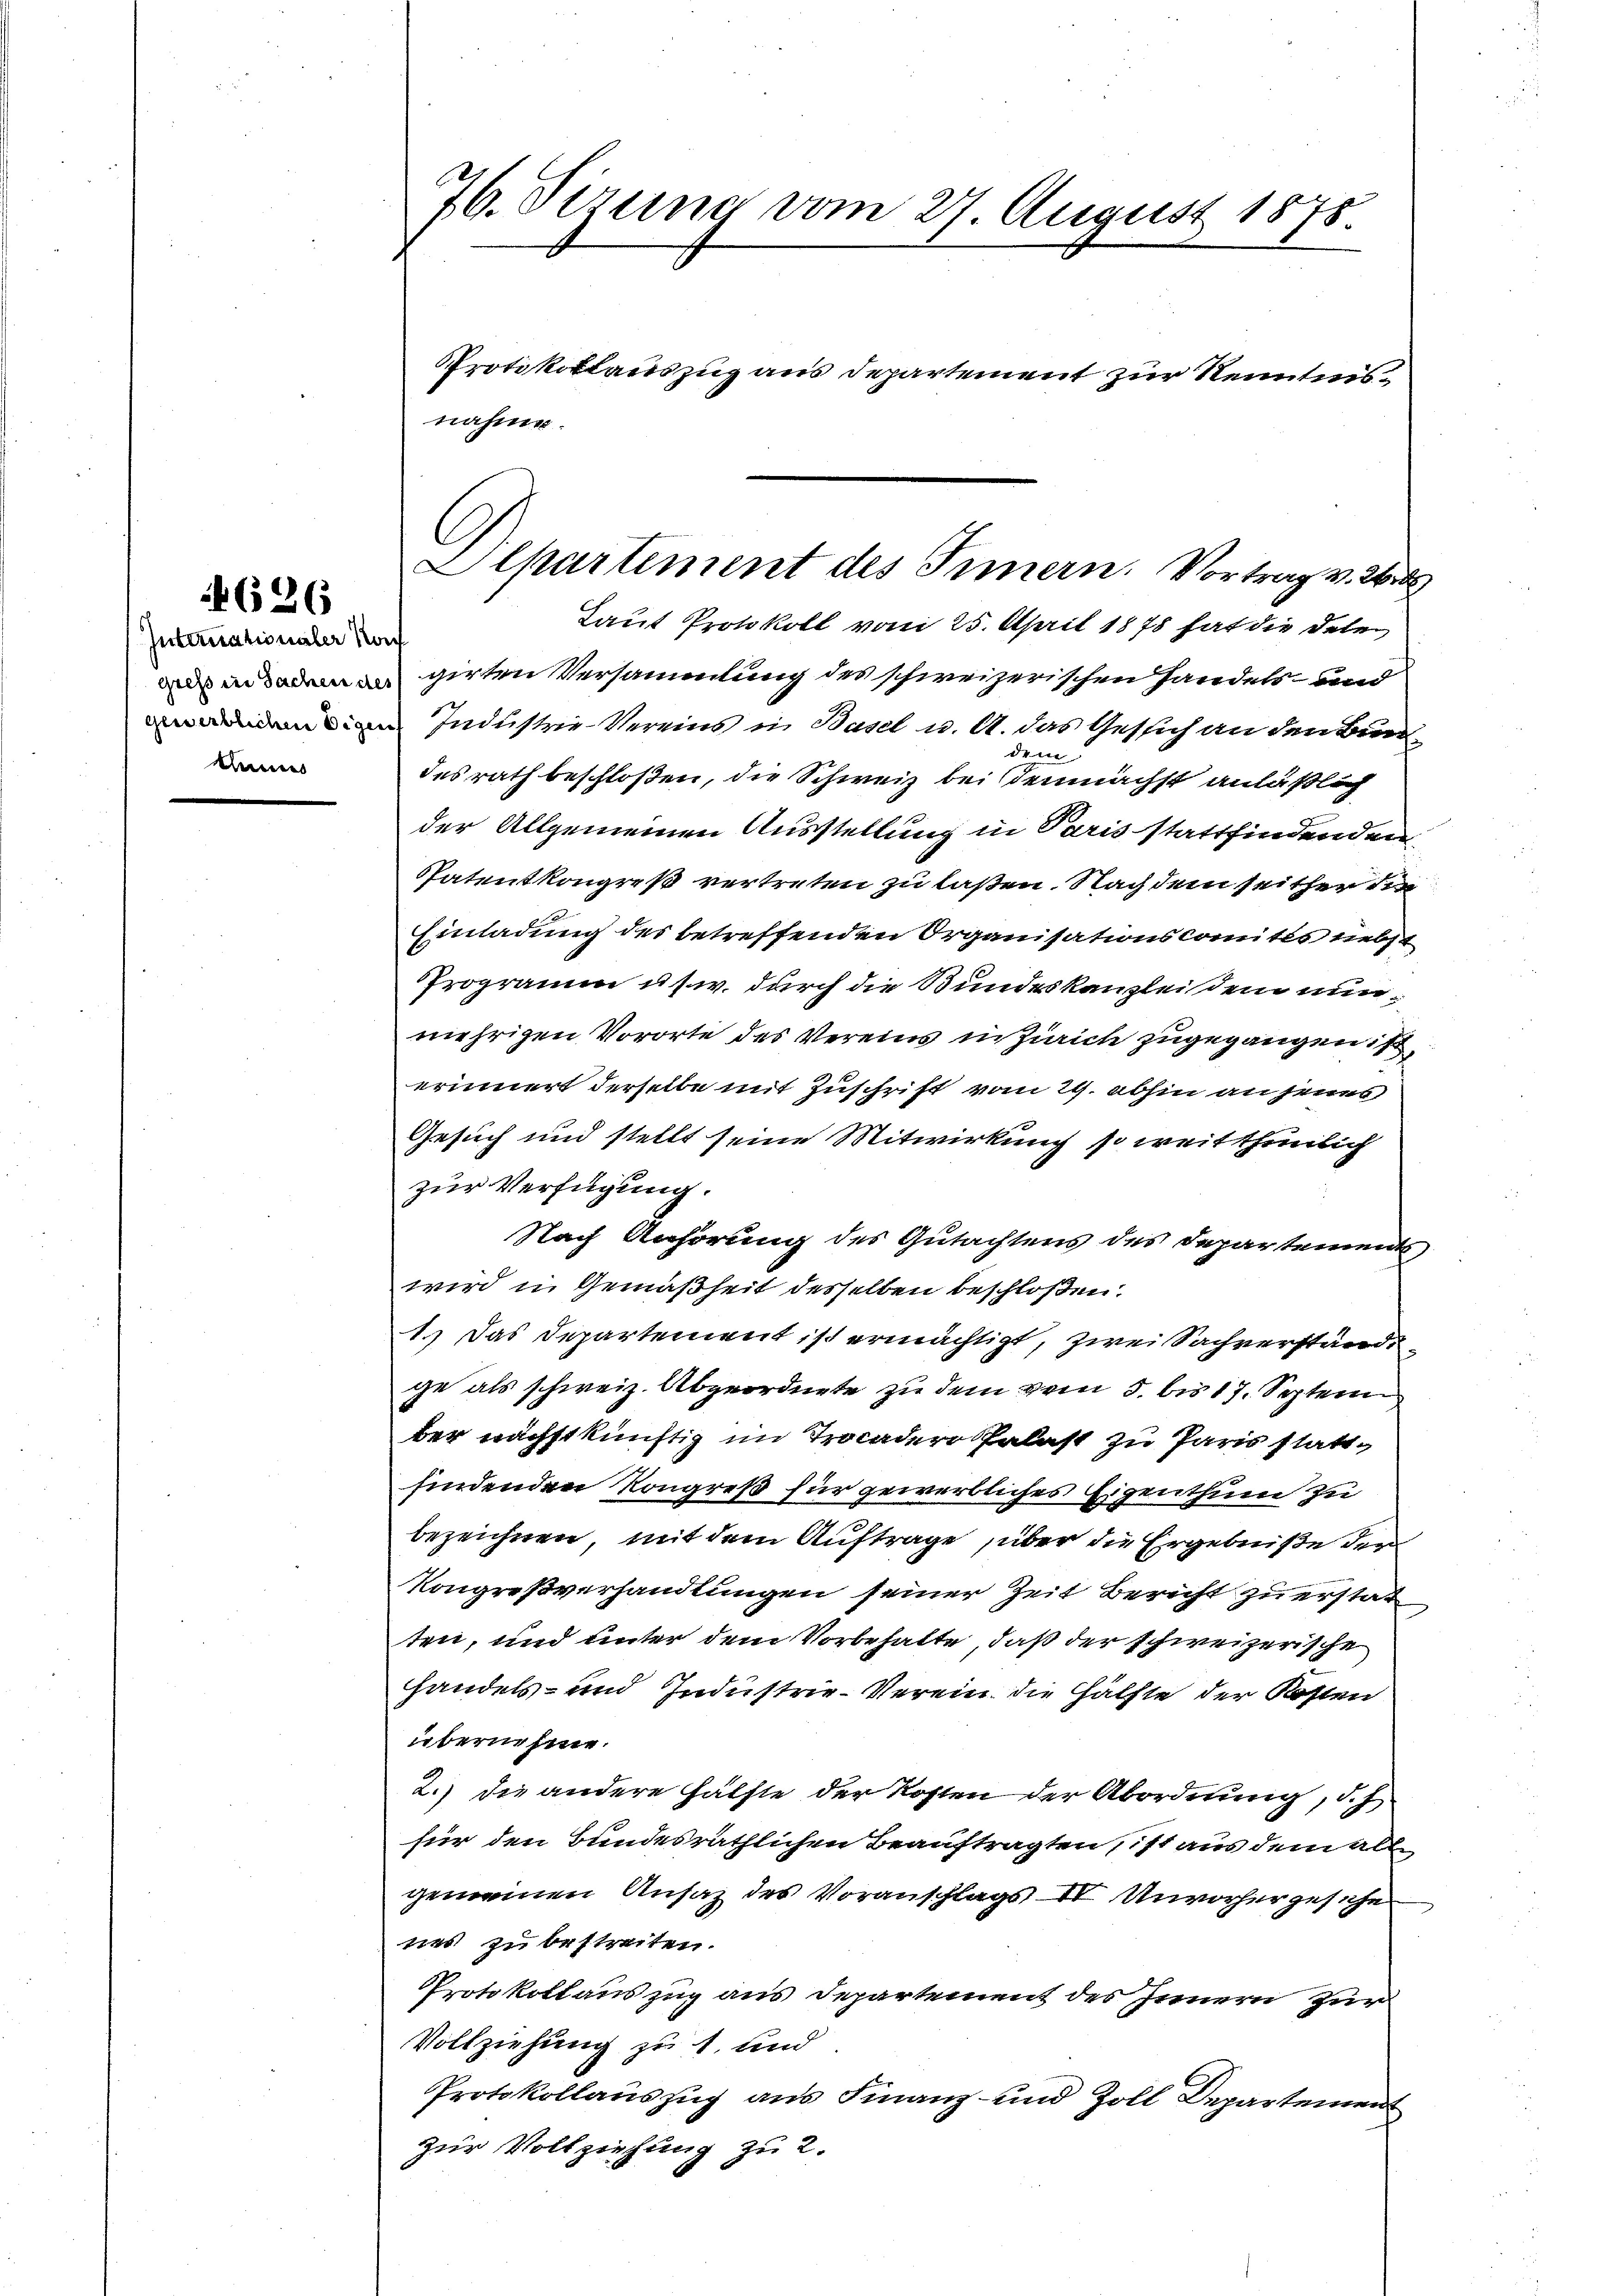
626

Internationaler Nach
annes

26. dirung vom 27. August 1875.
Protokollauszug aus Departement zur Kenntnis¬

aengirten Versammlung des schweizerischen Handels- und
 Industrie-Vereins in Basel u. A. das Gesich an den Bundem
desrath beschloßen, die Schweiz bei demnächst anläßlich
der Allgemeinen Ausstellung in Paris stattfindenden
Patentkongreß vertreten zu laßen. Nach dem seither die
Einladung des betreffenden Organisationscomites neben
Programm u. s. w. durch die Bundeskanzlei dein nunmehrigen Vororte des Vereins in Zürich zugegangen ist,
erinnert derselbe mit Zuschrift vom 24. abhin an jenes
Gesuch und stellt seine Mitwirkung so weit thunlich
zur Verfügung.
Nach Anhörung des Gutachtens des Departements
wird in Gemäßheit desselben beschloßen:
1.) Das Departement ist ermächtigt, zwei Sachverständige als schweiz. Abgeordnete zu dem vom 5. bis 17. Septen
ber nächstkünftig im Trocader Palast zu Paris stattfindenden Kongreß für gewerbliches Eigenthum zu
bezeichnen, mit dem Auftrage, über die Ergebniße der
Kongreßverhandlungen seiner Zeit Bericht zu erstatten, und unter dem Vorbehalte, daß der schweizerische
handels- und Industrie-Verein die Hälfte der Kosten
übernehme.
2.) die andere Hälfte der Kosten der Abordnung, d. J
für den Bundesräthlichen Beauftragten, ist aus dem alle
gemeinen Ansaz des Voranschlag II Unvorher zesche
nes zu bestreiten.
Protokollauszug aus Departement des Innern zur
Vollziehung zu 1. und
Protokollauszug aus Finanz- und Zoll Departement
zur Vollziehung zu 2.

nahme.

Olpartement des Innern. Vortrag v. 2
Laut Protokoll vom 25. April 1875 hat die Deten